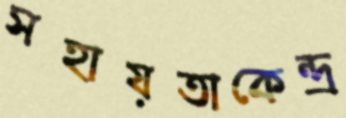
সহায়তাকেন্দ্র